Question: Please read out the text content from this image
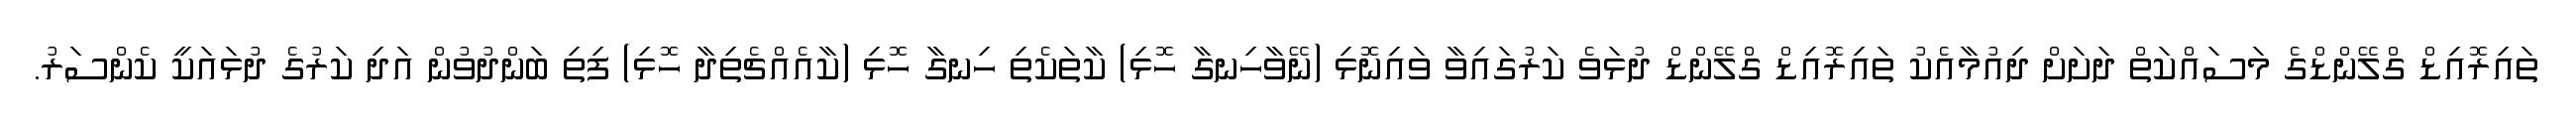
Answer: ތައިރޮއިޑް ގްލޭންޑްގެ މަސައްކަތް ދަށަށް ދިއުމާއެކު ތައިރޮއިޑް ގްލޭންޑް ދުޅަވެ ކަރުގައިވާ ވައިނޮޅި (ނޭވާހިނގާ ހޮޅި) ކާތަކެތި ހިނގާ ހޮޅި (ކާއެއްޗެތިދާ ހޮޅި) ފިތި ބަންދުވުން އަދި ކަރުގެ ދުޅައަކީ ކެންސަރު.